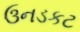
ઉનડકટ